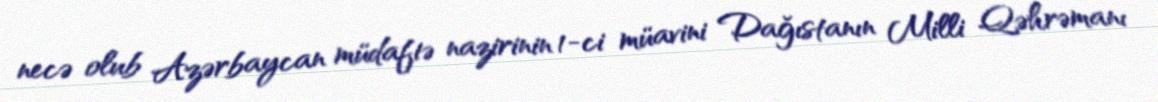
necə olub Azərbaycan müdafiə nazirinin 1-ci müavini Dağıstanın Milli Qəhrəmanı